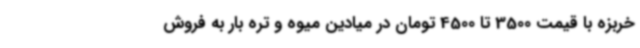
خربزه با قیمت 3500 تا 4500 تومان در میادین میوه و تره بار به فروش